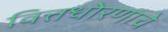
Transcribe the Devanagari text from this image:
वित्तधोरणाचे